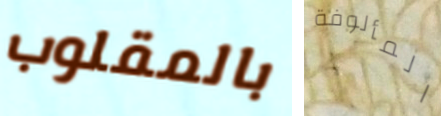
بالمقلوب المألوفة